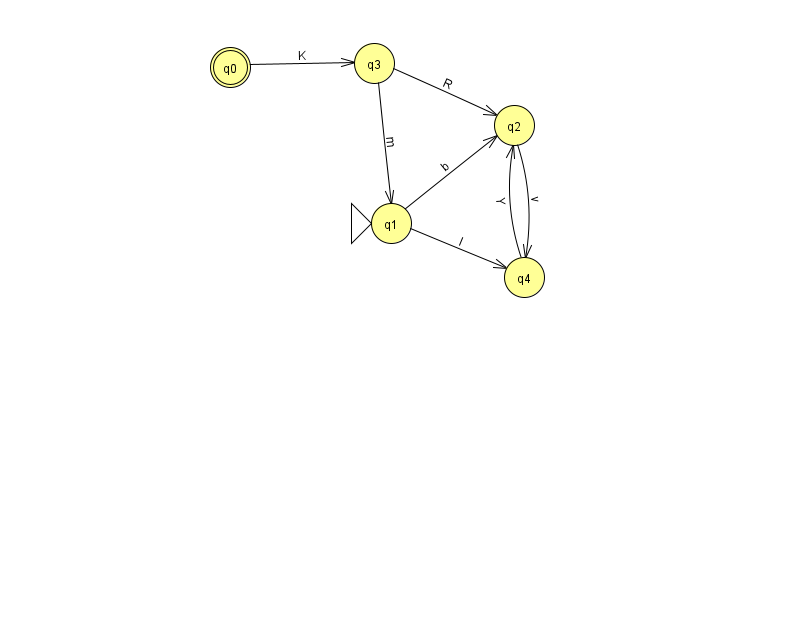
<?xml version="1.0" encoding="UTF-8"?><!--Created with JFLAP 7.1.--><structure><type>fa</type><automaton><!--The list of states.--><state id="0" name="q0"><x>230.0</x><y>54.0</y><final/></state><state id="1" name="q1"><x>391.0</x><y>210.0</y><initial/></state><state id="2" name="q2"><x>514.0</x><y>112.0</y></state><state id="3" name="q3"><x>374.0</x><y>50.0</y></state><state id="4" name="q4"><x>524.0</x><y>264.0</y></state><!--The list of transitions.--><transition><from>0</from><to>3</to><read>K</read></transition><transition><from>2</from><to>4</to><read>v</read></transition><transition><from>1</from><to>4</to><read>l</read></transition><transition><from>3</from><to>1</to><read>m</read></transition><transition><from>1</from><to>2</to><read>b</read></transition><transition><from>4</from><to>2</to><read>Y</read></transition><transition><from>3</from><to>2</to><read>R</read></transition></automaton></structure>